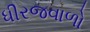
ધીરજવાળો